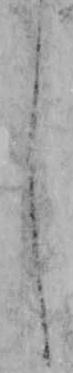
し